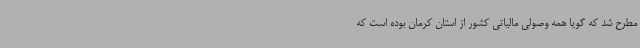
مطرح شد که گویا همه وصولی مالیاتی کشور از استان کرمان بوده است که